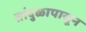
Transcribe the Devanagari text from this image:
तांदुळापासून